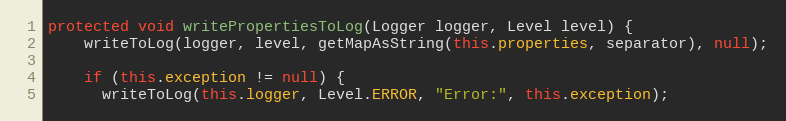
Language: Java
protected void writePropertiesToLog(Logger logger, Level level) {
    writeToLog(logger, level, getMapAsString(this.properties, separator), null);

    if (this.exception != null) {
      writeToLog(this.logger, Level.ERROR, "Error:", this.exception);